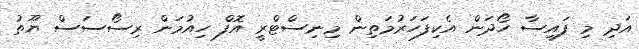
އަދި މި ފައިސާ ހޯދަން އެކިފަހަރުމަތިން މިނިސްޓްރީ އޮފް ހިއުމަން ރިސޯސަސް ޔޫތު